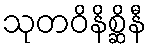
သုတဝိနိစ္ဆိနီ